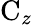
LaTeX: \mathrm{C}_{z}